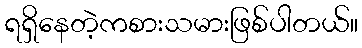
ရရှိနေတဲ့ကစားသမားဖြစ်ပါတယ်။